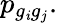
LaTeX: p_{g_{\mathit{i}}g_{j}}.